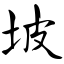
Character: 坡